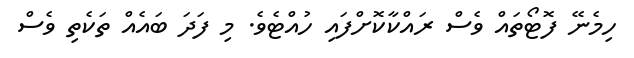
ހިމެނޭ ފޮޓޯތައް ވެސް ރައްކާކޮށްފައި ހުއްޓެވެ. މި ފަދަ ބައެއް ތަކެތި ވެސް